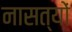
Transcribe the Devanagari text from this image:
नासत्यों